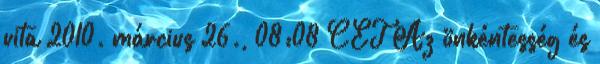
vita 2010. március 26., 08:08 CET Az önkéntesség és